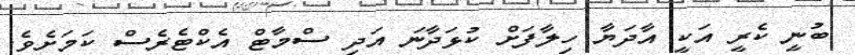
ބުނީ ކެރީ އަކީ އާދަޔާ ހިލާފަށް ކުޅަދާނަ އަދި ސްމާޓް އެކްޓެރެސް ކަމަށެވެ.